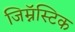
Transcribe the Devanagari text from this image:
जिम्नॅस्टिक